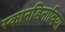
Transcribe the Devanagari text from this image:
स्कानडिनाविया